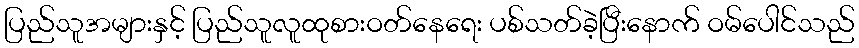
ပြည်သူအများနှင့် ပြည်သူလူထုစားဝတ်နေရေး ပစ်သတ်ခဲ့ပြီးနောက် ဝမ်ပေါင်သည်